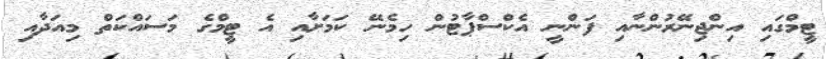
ޓީމްގައި އިންޖިނޭރުންނާއި ފަންނީ އެކްސްޕާޓުން ހިމެނޭ ކަމަށާއި އެ ޓީމްގެ މަސައްކަތް މިއަދާއި